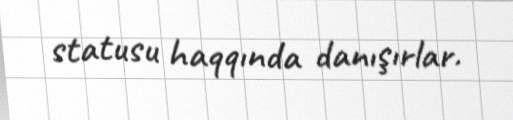
statusu haqqında danışırlar.